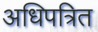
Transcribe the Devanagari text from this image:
अधिपत्रित